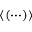
\left\langle ( \cdots ) \right\rangle